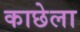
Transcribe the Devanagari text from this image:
काछेला